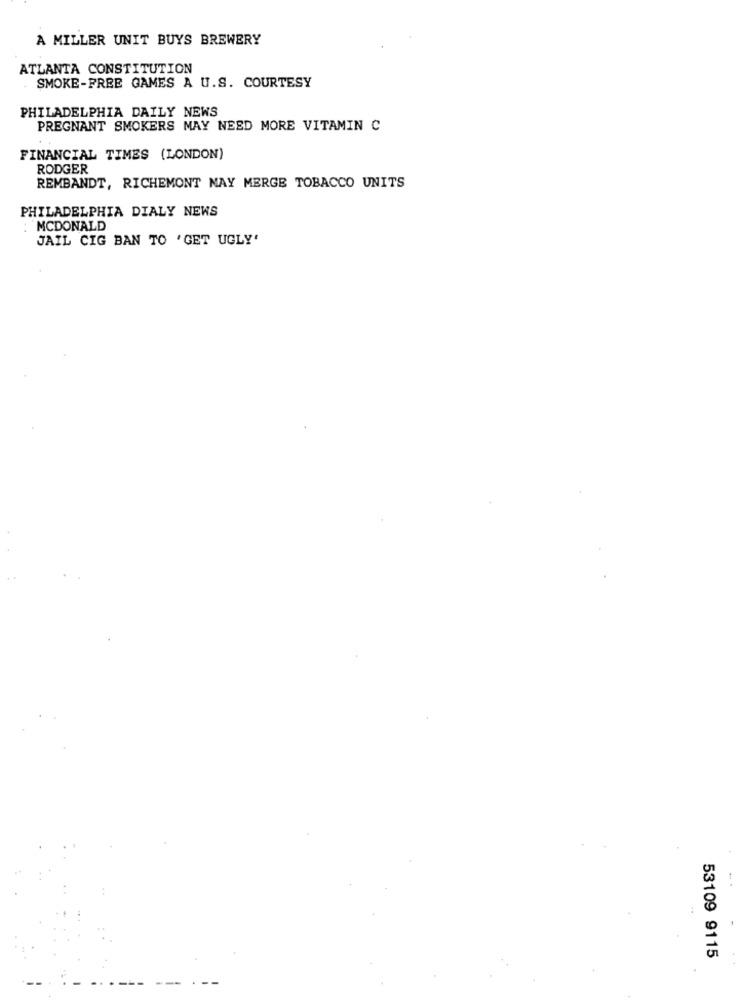
À MILLER UNIT BUYS BREWERY
ATLANTA CONSTITUTION
SMOKE-FREE GAMES A U.S. COURTESY
PHILADELPHIA DAILY NEWS
PREGNANT SMOKERS MAY NEED MORE VITAMIN C
FINANCIAL TIMES (LONDON)
RODGER
REMBANDT, RICHEMONT NAY MERGE TOBACCO UNITS
PHILADELPHIA DIALY NEWS
MCDONALD
JAIL CIG BAN TO 'GET UGLY'
53109 9115